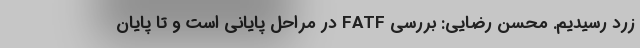
زرد رسیدیم. محسن رضایی: بررسی FATF در مراحل پایانی است و تا پایان